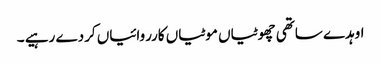
اوہدے ساتھی چھوٹیاں موٹیاں کارروائیاں کردے رہیے ۔